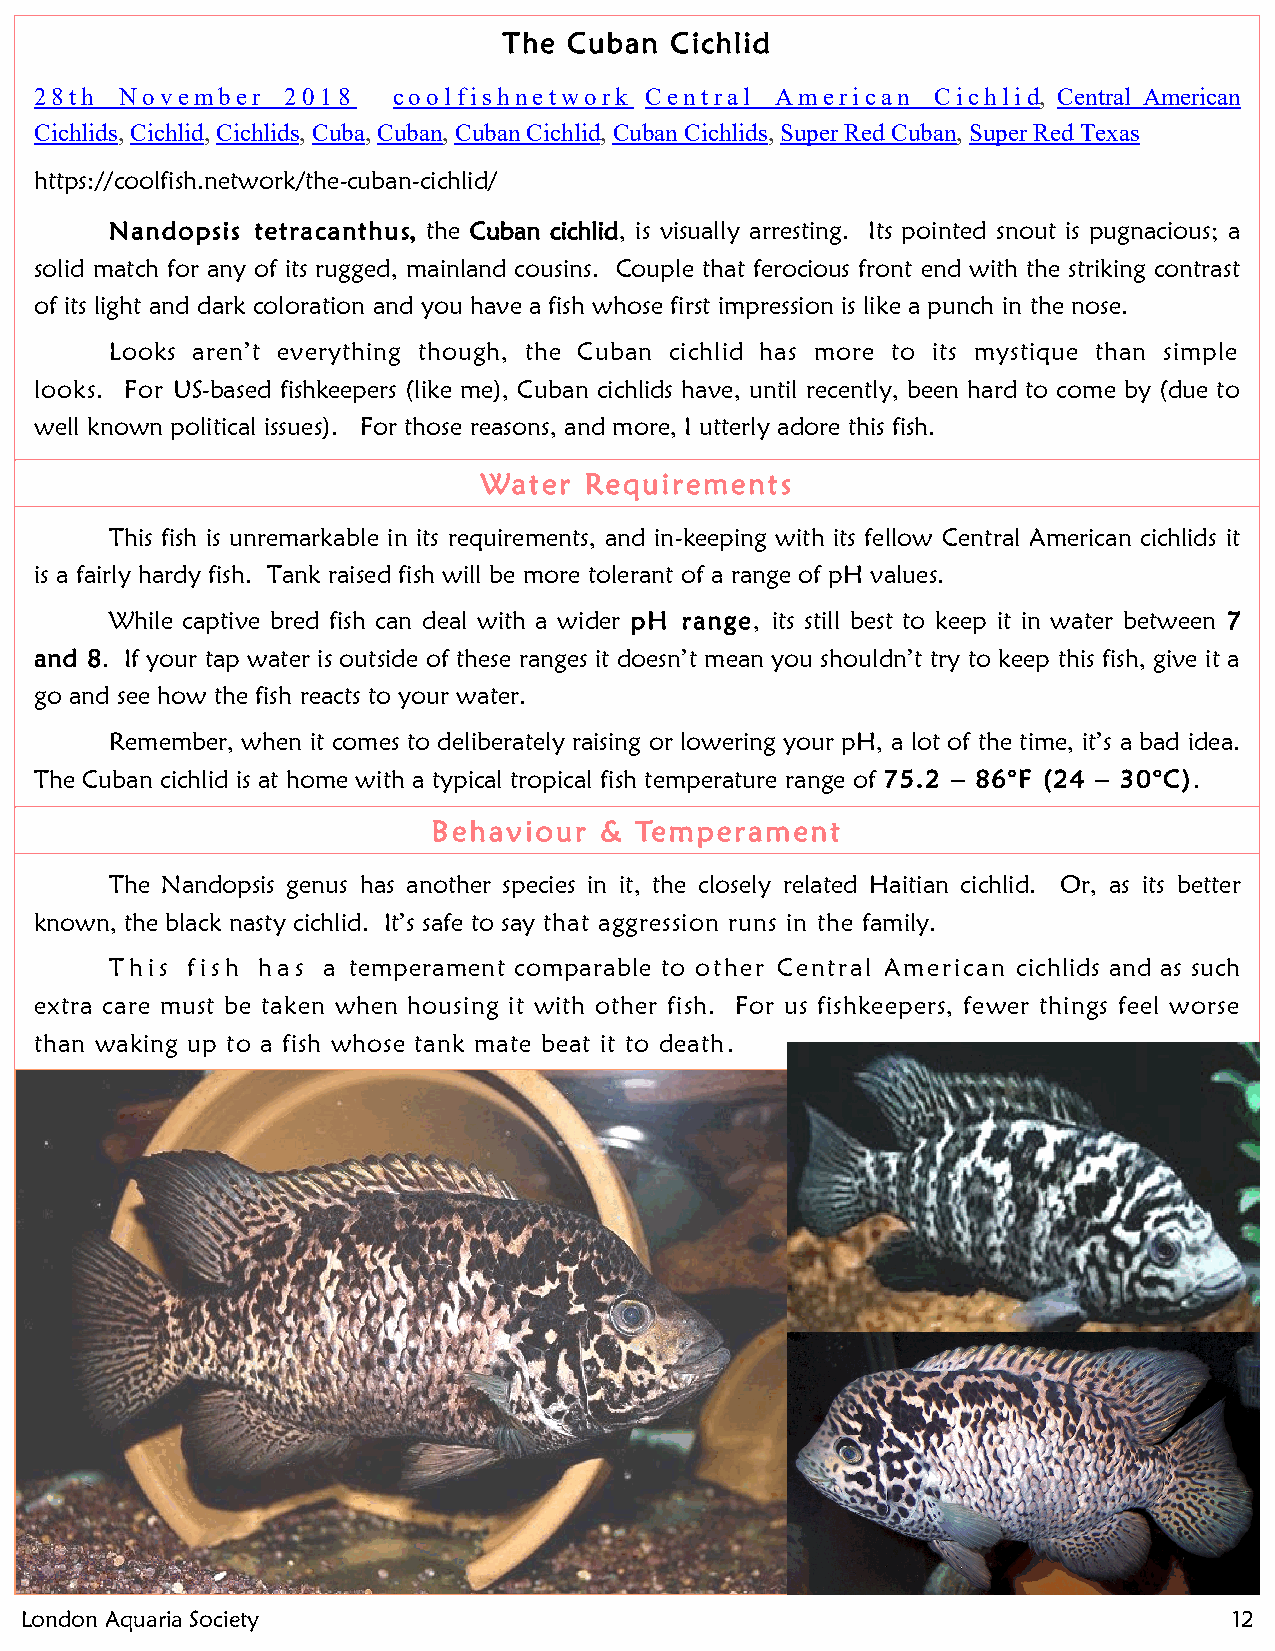
The  Cuban Cichlid
 28th  November   2018   coolfishnetwork  Central American   Cichlid, Central American
 Cichlids, Cichlid, Cichlids, Cuba, Cuban, Cuban Cichlid, Cuban Cichlids, Super Red Cuban, Super Red Texas
 https://coolfish.network/the-cuban-cichlid/
 Nandopsis tetracanthus, the Cuban cichlid, is visually arresting. Its pointed snout is pugnacious; a
 solid match for any of its rugged, mainland cousins. Couple that ferocious front end with the striking contrast
 of its light and dark coloration and you have a fish whose first impression is like a punch in the nose.
 Looks aren’t everything though, the Cuban cichlid has more to its mystique than simple
 looks. For US-based fishkeepers (like me), Cuban cichlids have, until recently, been hard to come by (due to
 well known political issues). For those reasons, and more, I utterly adore this fish.
 Water  Requirements
 This fish is unremarkable in its requirements, and in-keeping with its fellow Central American cichlids it
 is a fairly hardy fish. Tank raised fish will be more tolerant of a range of pH values.
 While captive bred fish can deal with a wider pH range, its still best to keep it in water between 7
 and 8. If your tap water is outside of these ranges it doesn’t mean you shouldn’t try to keep this fish, give it a
 go and see how the fish reacts to your water.
 Remember, when it comes to deliberately raising or lowering your pH, a lot of the time, it’s a bad idea.
 The Cuban cichlid is at home with a typical tropical fish temperature range of 75.2 – 86°F (24 – 30°C).
 Behaviour  & Temperament
 The Nandopsis genus has another species in it, the closely related Haitian cichlid. Or, as its better
 known, the black nasty cichlid. It’s safe to say that aggression runs in the family.
 This fish has a temperament comparable to other Central American cichlids and as such
 extra care must be taken when housing it with other fish. For us fishkeepers, fewer things feel worse
 than waking up to a fish whose tank mate beat it to death.
 London Aquaria Society                                                           12